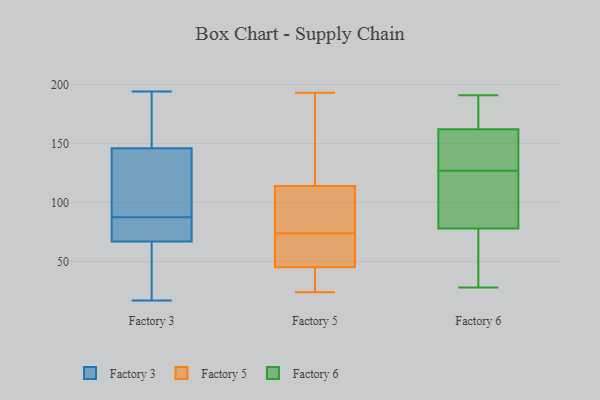
{"axis": {"x": "Budget (USD K)", "y": "Value"}, "legend": ["Factory 3", "Factory 5", "Factory 6"], "data": [{"x": "", "y": 61, "type": "Factory 3"}, {"x": "", "y": 92, "type": "Factory 3"}, {"x": "", "y": 194, "type": "Factory 3"}, {"x": "", "y": 165, "type": "Factory 3"}, {"x": "", "y": 99, "type": "Factory 3"}, {"x": "", "y": 186, "type": "Factory 3"}, {"x": "", "y": 127, "type": "Factory 3"}, {"x": "", "y": 82, "type": "Factory 3"}, {"x": "", "y": 91, "type": "Factory 3"}, {"x": "", "y": 81, "type": "Factory 3"}, {"x": "", "y": 73, "type": "Factory 3"}, {"x": "", "y": 84, "type": "Factory 3"}, {"x": "", "y": 59, "type": "Factory 3"}, {"x": "", "y": 155, "type": "Factory 3"}, {"x": "", "y": 181, "type": "Factory 3"}, {"x": "", "y": 60, "type": "Factory 3"}, {"x": "", "y": 17, "type": "Factory 3"}, {"x": "", "y": 76, "type": "Factory 3"}, {"x": "", "y": 137, "type": "Factory 3"}, {"x": "", "y": 61, "type": "Factory 3"}, {"x": "", "y": 103, "type": "Factory 5"}, {"x": "", "y": 114, "type": "Factory 5"}, {"x": "", "y": 84, "type": "Factory 5"}, {"x": "", "y": 125, "type": "Factory 5"}, {"x": "", "y": 54, "type": "Factory 5"}, {"x": "", "y": 45, "type": "Factory 5"}, {"x": "", "y": 25, "type": "Factory 5"}, {"x": "", "y": 163, "type": "Factory 5"}, {"x": "", "y": 77, "type": "Factory 5"}, {"x": "", "y": 69, "type": "Factory 5"}, {"x": "", "y": 107, "type": "Factory 5"}, {"x": "", "y": 25, "type": "Factory 5"}, {"x": "", "y": 188, "type": "Factory 5"}, {"x": "", "y": 71, "type": "Factory 5"}, {"x": "", "y": 58, "type": "Factory 5"}, {"x": "", "y": 24, "type": "Factory 5"}, {"x": "", "y": 28, "type": "Factory 5"}, {"x": "", "y": 193, "type": "Factory 5"}, {"x": "", "y": 81, "type": "Factory 6"}, {"x": "", "y": 29, "type": "Factory 6"}, {"x": "", "y": 190, "type": "Factory 6"}, {"x": "", "y": 150, "type": "Factory 6"}, {"x": "", "y": 186, "type": "Factory 6"}, {"x": "", "y": 151, "type": "Factory 6"}, {"x": "", "y": 127, "type": "Factory 6"}, {"x": "", "y": 165, "type": "Factory 6"}, {"x": "", "y": 187, "type": "Factory 6"}, {"x": "", "y": 147, "type": "Factory 6"}, {"x": "", "y": 57, "type": "Factory 6"}, {"x": "", "y": 153, "type": "Factory 6"}, {"x": "", "y": 52, "type": "Factory 6"}, {"x": "", "y": 121, "type": "Factory 6"}, {"x": "", "y": 92, "type": "Factory 6"}, {"x": "", "y": 28, "type": "Factory 6"}, {"x": "", "y": 99, "type": "Factory 6"}, {"x": "", "y": 77, "type": "Factory 6"}, {"x": "", "y": 191, "type": "Factory 6"}]}